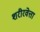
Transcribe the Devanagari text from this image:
शरीरवेत्ता